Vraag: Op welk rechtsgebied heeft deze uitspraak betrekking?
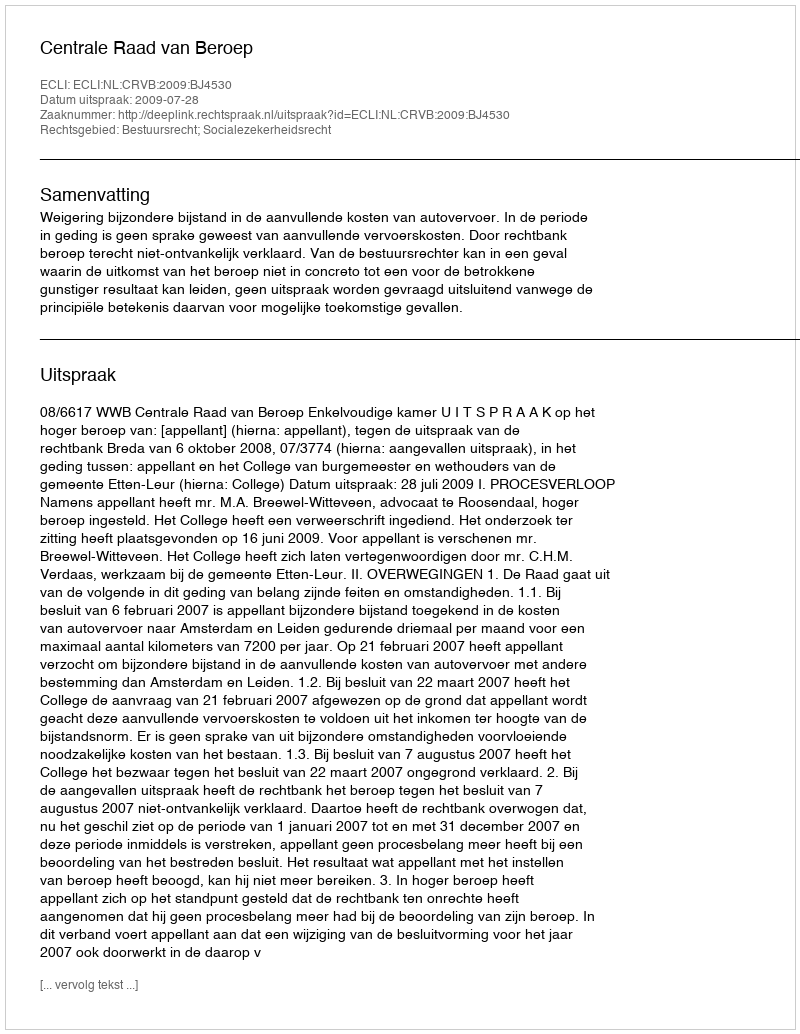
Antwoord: Bestuursrecht; Socialezekerheidsrecht